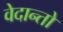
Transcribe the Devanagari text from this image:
वेदान्तो